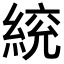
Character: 𦁙